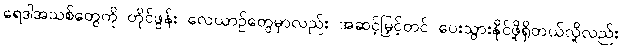
ရေဒါအသစ်တွေကို တိုင်ဖွန်း လေယာဉ်တွေမှာလည်း အဆင့်မြှင့်တင် ပေးသွားနိုင်ဖို့ရှိတယ်လို့လည်း